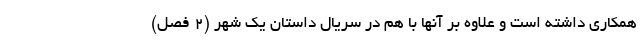
همکاری داشته است و علاوه بر آنها با هم در سریال داستان یک شهر (2 فصل)